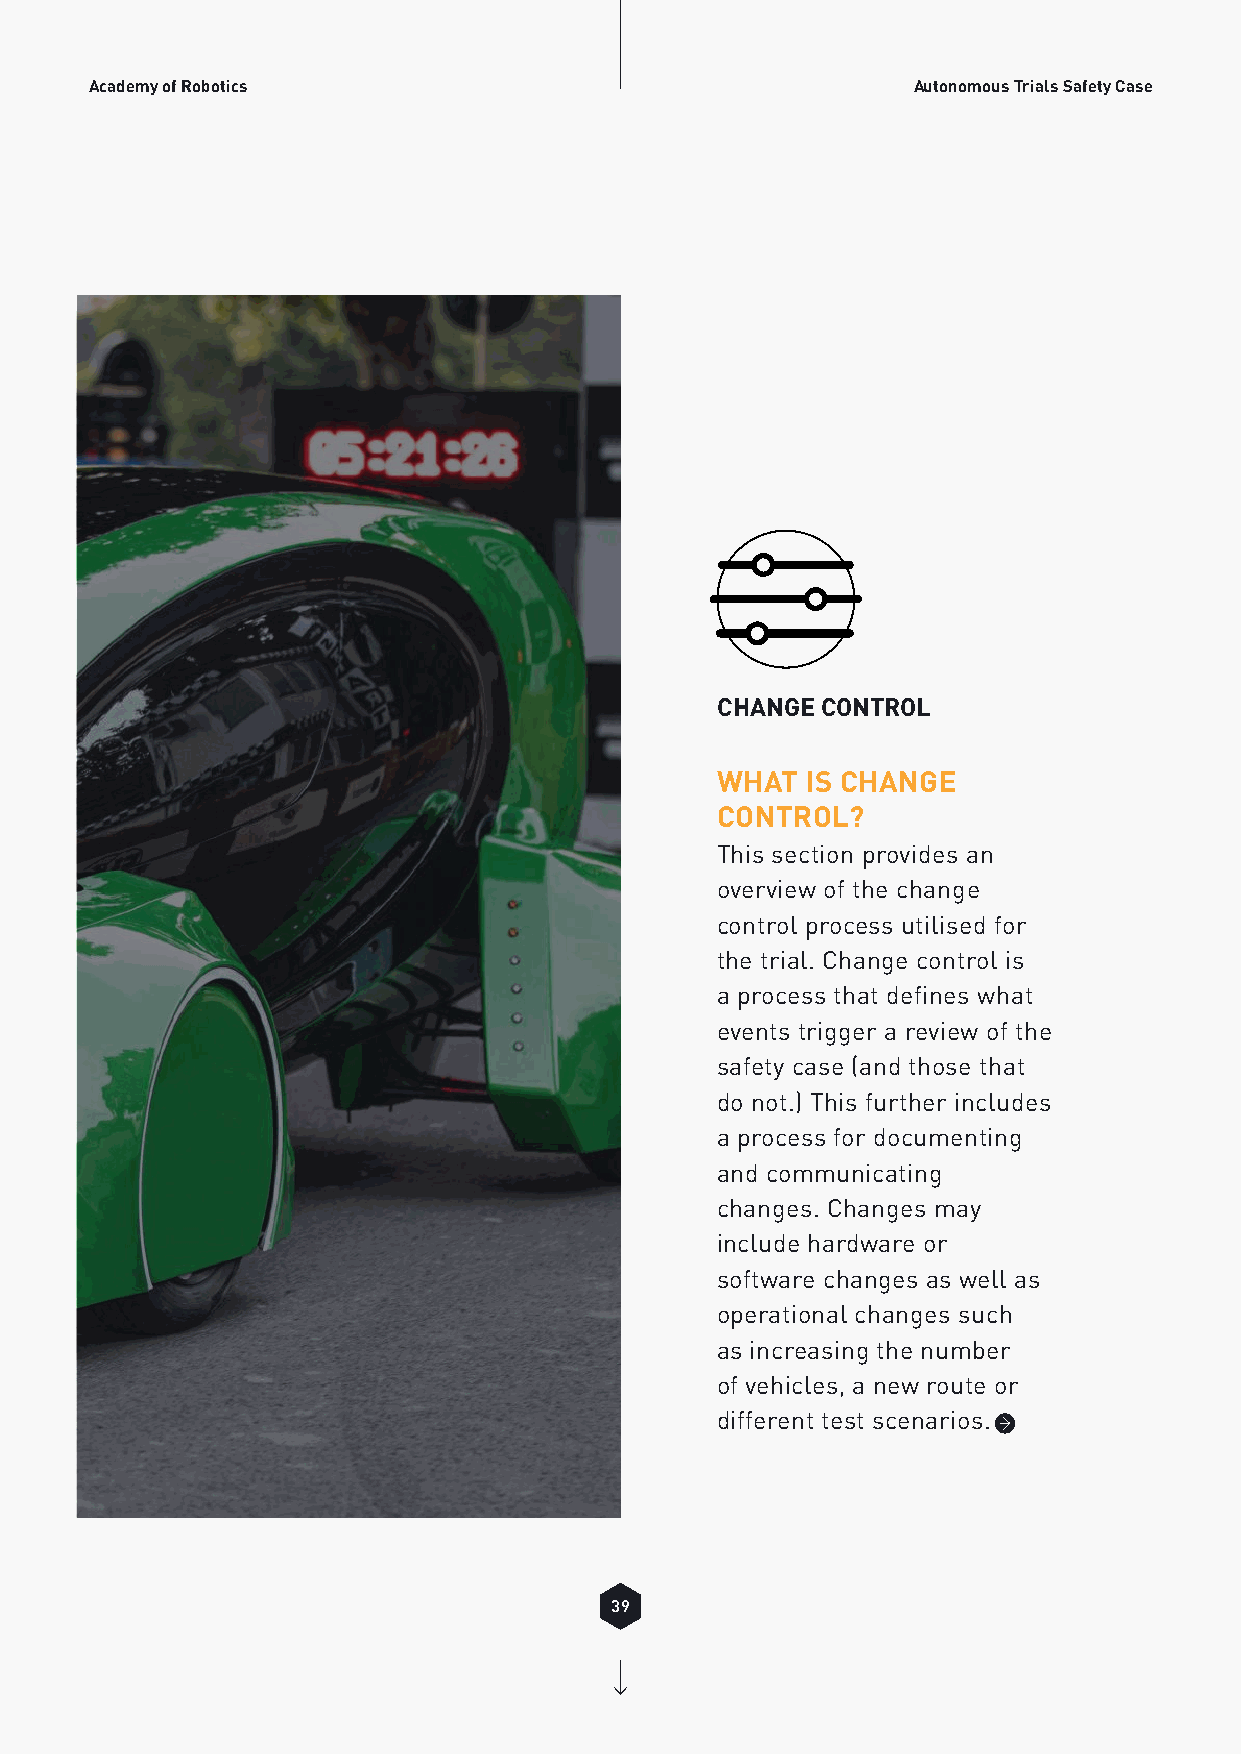
Academy of Robotics                                   Autonomous Trials Safety Case
 CHANGE CONTROL
 WHAT  IS CHANGE
 CONTROL?
 This section provides an
 overview of the change
 control process utilised for
 the trial. Change control is
 a process that defines what
 events trigger a review of the
 safety case (and those that
 do not.) This further includes
 a process for documenting
 and communicating
 changes. Changes may
 include hardware or
 software changes as well as
 operational changes such
 as increasing the number
 of vehicles, a new route or
 different test scenarios.
 39